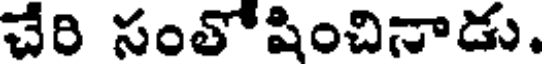
చేరి సంతోషించినాడు.